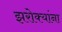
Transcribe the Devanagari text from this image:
झरोक्यांना